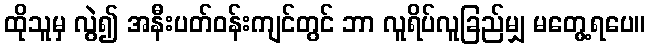
ထိုသူမှ လွဲ၍ အနီးပတ်ဝန်းကျင်တွင် ဘာ လူရိပ်လူခြည်မျှ မတွေ့ရပေ။